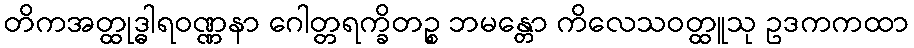
တိကအတ္ထုဒ္ဓါရဝဏ္ဏနာ ဂေါတ္တရက္ခိတဉ္စ ဘမန္တော ကိလေသဝတ္ထူသု ဥဒကကထာ